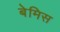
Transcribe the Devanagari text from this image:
बेमिस